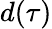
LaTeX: d(\tau)